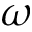
\omega